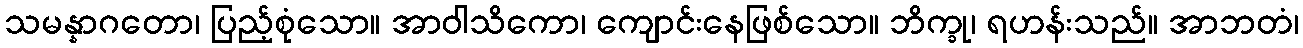
သမန္နာဂတော၊ ပြည့်စုံသော။ အာဝါသိကော၊ ကျောင်းနေဖြစ်သော။ ဘိက္ခု၊ ရဟန်းသည်။ အာဘတံ၊